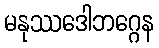
မနုဿဒေါဘဂ္ဂေန